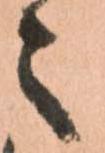
之